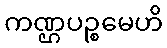
ကဏ္ဌပဉ္စမေဟိ